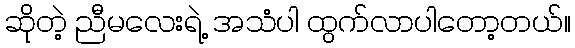
ဆိုတဲ့ ညီမလေးရဲ့ အသံပါ ထွက်လာပါတော့တယ်။